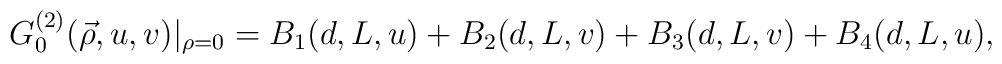
G_{0}^{(2)}(\vec{\rho},u,v)|_{\rho=0}=B_{1}(d,L,u)+B_{2}(d,L,v)+B_{3}(d,L,v)+B_{4}(d,L,u),